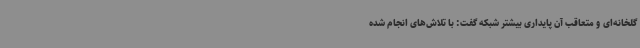
گلخانه‌ای و متعاقب آن پایداری بیشتر شبکه گفت: با تلاش‌های انجام شده